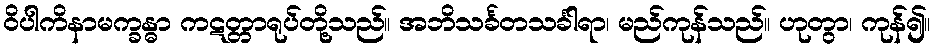
ဝိပါကိနာမက္ခန္ဓာ ကဋတ္တာရုပ်တို့သည်။ အဘိသင်္ခတသင်္ခါရာ၊ မည်ကုန်သည်။ ဟုတွာ၊ ကုန်၍။